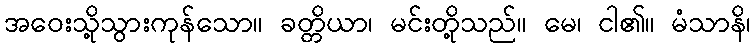
အဝေးသို့သွားကုန်သော။ ခတ္တိယာ၊ မင်းတို့သည်။ မေ၊ ငါ၏။ မံသာနိ၊